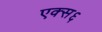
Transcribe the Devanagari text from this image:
एक्स६